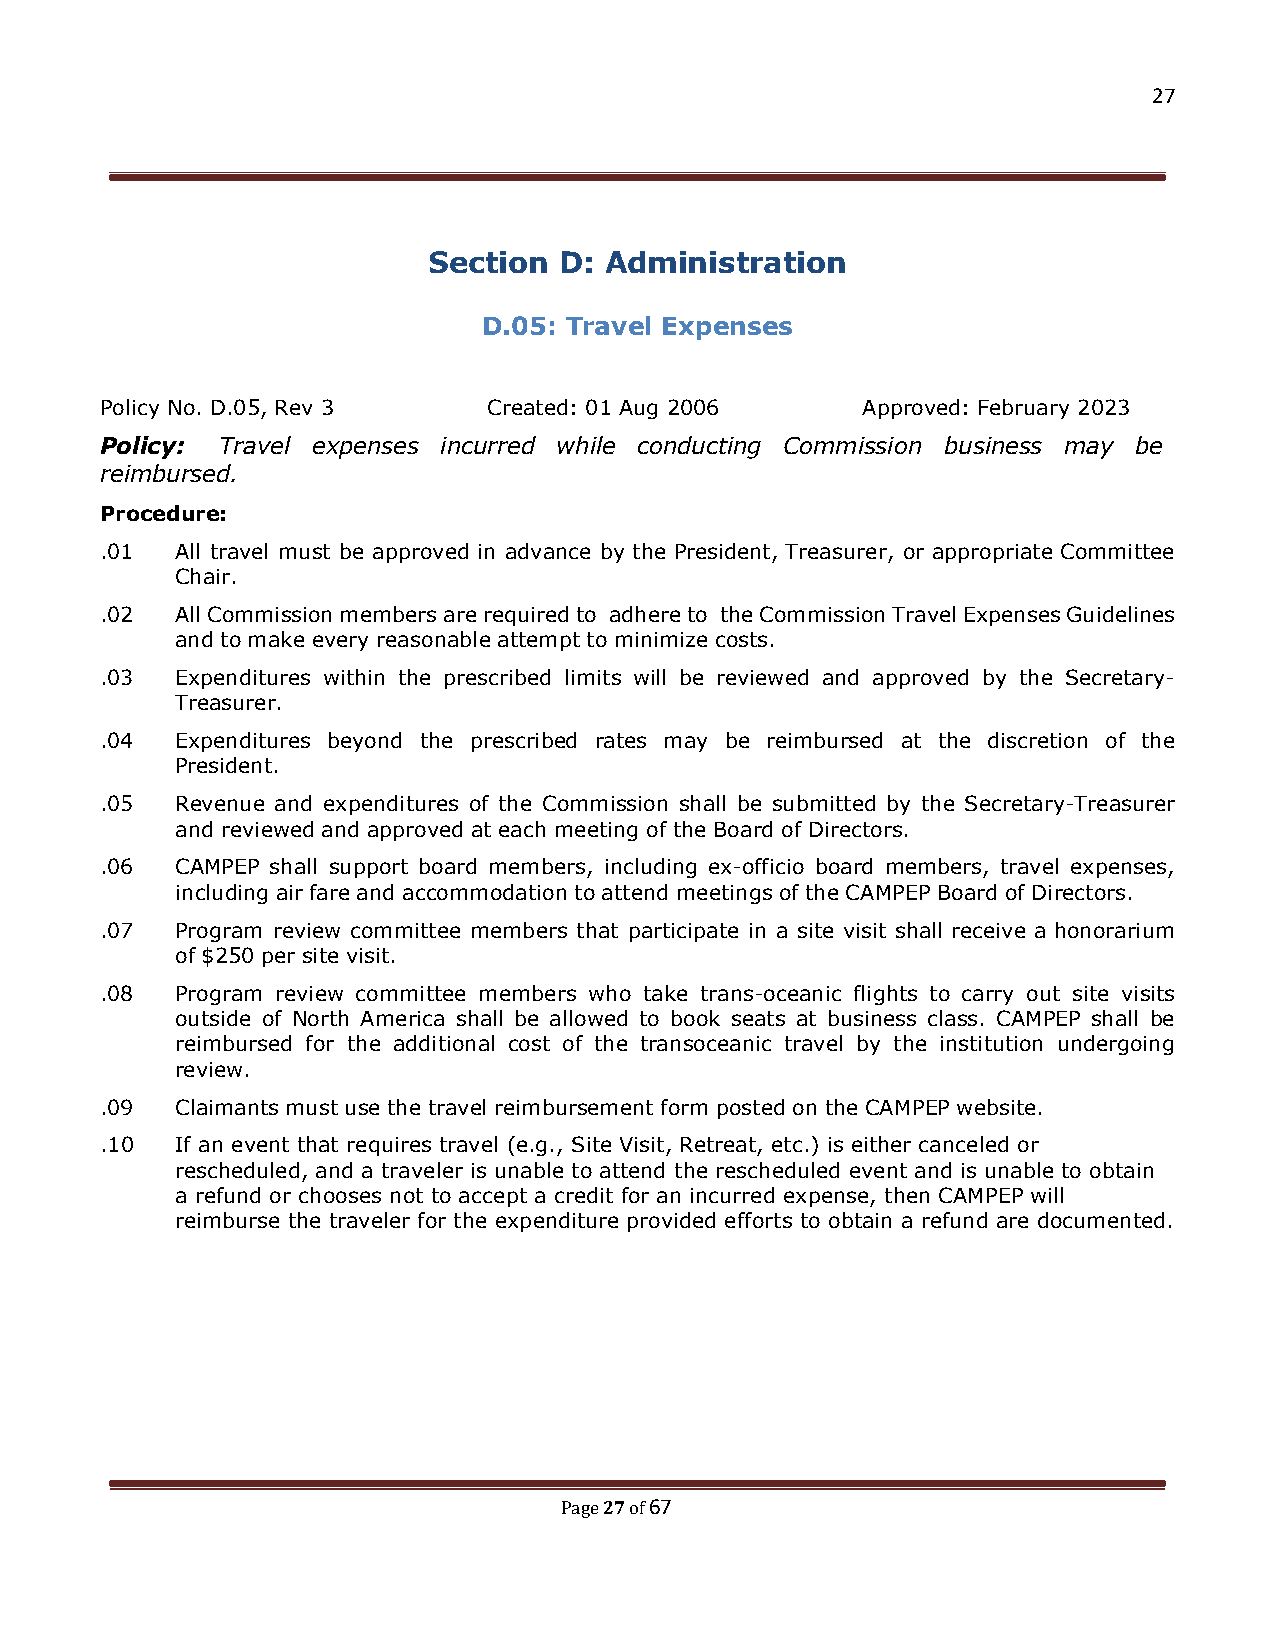
27
 Section  D: Administration
 D.05: Travel Expenses
 Policy No. D.05, Rev 3   Created: 01 Aug 2006     Approved: February 2023
 Policy: Travel expenses incurred while conducting Commission business may be
 reimbursed.
 Procedure:
 .01  All travel must be approved in advance by the President, Treasurer, or appropriate Committee
 Chair.
 .02  All Commission members are required to adhere to the Commission Travel Expenses Guidelines
 and to make every reasonable attempt to minimize costs.
 .03  Expenditures within the prescribed limits will be reviewed and approved by the Secretary-
 Treasurer.
 .04  Expenditures beyond the prescribed rates may be reimbursed at the discretion of the
 President.
 .05  Revenue and expenditures of the Commission shall be submitted by the Secretary-Treasurer
 and reviewed and approved at each meeting of the Board of Directors.
 .06  CAMPEP shall support board members, including ex-officio board members, travel expenses,
 including air fare and accommodation to attend meetings of the CAMPEP Board of Directors.
 .07  Program review committee members that participate in a site visit shall receive a honorarium
 of $250 per site visit.
 .08  Program review committee members who take trans-oceanic flights to carry out site visits
 outside of North America shall be allowed to book seats at business class. CAMPEP shall be
 reimbursed for the additional cost of the transoceanic travel by the institution undergoing
 review.
 .09  Claimants must use the travel reimbursement form posted on the CAMPEP website.
 .10  If an event that requires travel (e.g., Site Visit, Retreat, etc.) is either canceled or
 rescheduled, and a traveler is unable to attend the rescheduled event and is unable to obtain
 a refund or chooses not to accept a credit for an incurred expense, then CAMPEP will
 reimburse the traveler for the expenditure provided efforts to obtain a refund are documented.
 27 67
 Page of